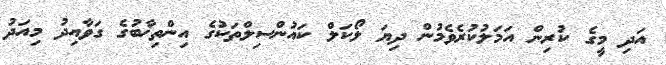
އަދި މީގެ ކުރިން އަމަލުކުރެވެމުން ދިޔަ ލޯކަލް ކައުންސިލްތަކުގެ އިންތިޚާބުގެ ގަވާއިދު މިއަދު